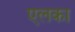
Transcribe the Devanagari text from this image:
एलका